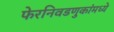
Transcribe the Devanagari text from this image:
फेरनिवडणुकांमध्ये